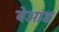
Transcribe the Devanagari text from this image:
बेओंड